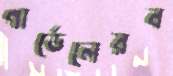
গার্ডেলেরব